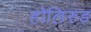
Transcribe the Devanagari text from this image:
होलिरुड